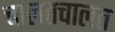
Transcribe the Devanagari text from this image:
चालतचालत